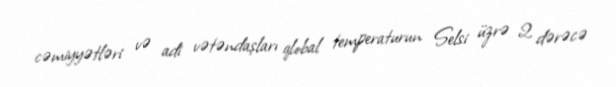
cəmiyyətləri və adi vətəndaşları qlobal temperaturun Selsi üzrə 2 dərəcə